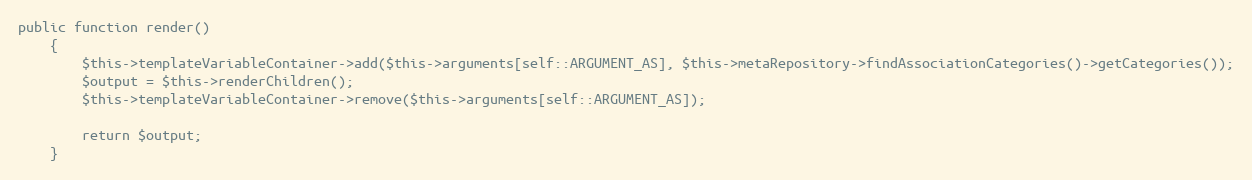
Language: PHP
public function render()
    {
        $this->templateVariableContainer->add($this->arguments[self::ARGUMENT_AS], $this->metaRepository->findAssociationCategories()->getCategories());
        $output = $this->renderChildren();
        $this->templateVariableContainer->remove($this->arguments[self::ARGUMENT_AS]);

        return $output;
    }